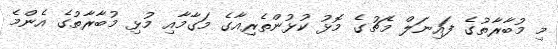
މި މުބާރާތުގެ ފައިނަލް މެޗުގެ މޮޅު ކުޅުންތެރިއާގެ މަގާމާއި މުޅި މުބާރާތުގެ އެންމެ